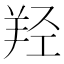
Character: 羟